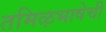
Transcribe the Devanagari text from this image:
तमिऴभाषेची